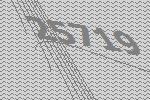
25719